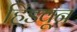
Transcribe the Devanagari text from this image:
हिंडवून